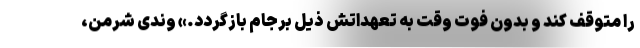
را متوقف کند و بدون فوت وقت به تعهداتش ذیل برجام بازگردد.» وندی شرمن،